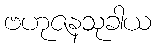
ဗဟုဇနသုခါယ